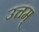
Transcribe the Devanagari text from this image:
उत्तम्